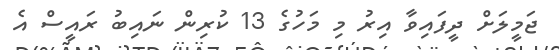
ޖަމީލަށް ދީފައިވާ އިރު މި މަހުގެ 13 ކުރިން ނައިބު ރައީސް އެ